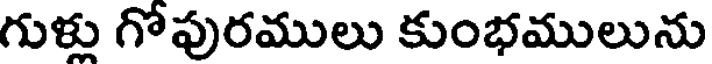
గుళ్లు గోపురములు కుంభములును